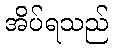
အိပ်ရသည်